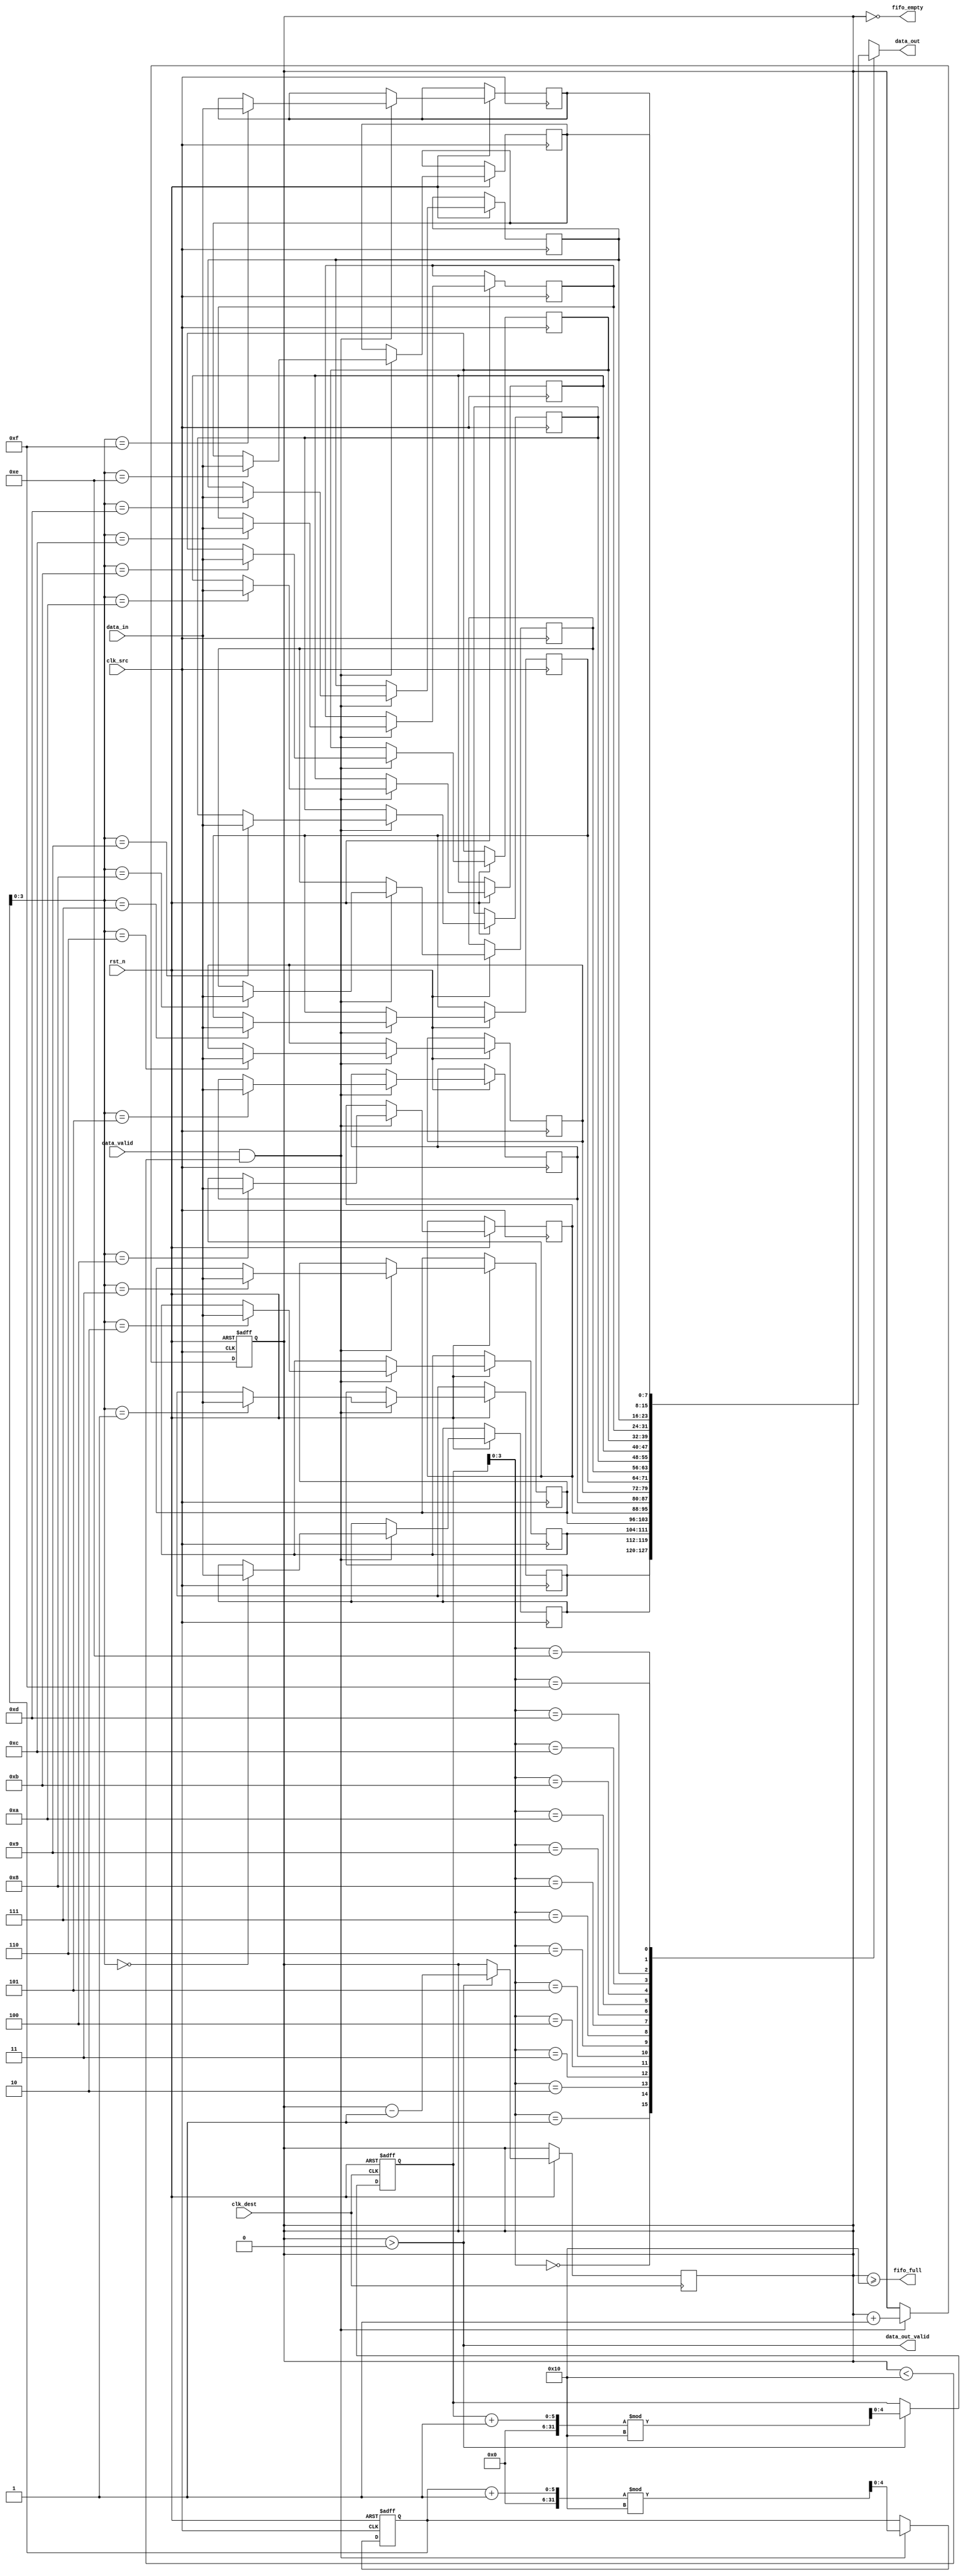
module BurstModeSynchronizer #(
    parameter DATA_WIDTH = 8,
    parameter FIFO_DEPTH = 16
)(
    input wire clk_src,                // Source clock (fast clock)
    input wire clk_dest,               // Destination clock (slow clock)
    input wire rst_n,                  // Active low reset
    input wire [DATA_WIDTH-1:0] data_in, // Data input from source clock domain
    input wire data_valid,             // Data valid signal from source domain
    output wire [DATA_WIDTH-1:0] data_out, // Data output to destination clock domain
    output wire data_out_valid,        // Data valid output to destination clock domain
    output wire fifo_full,             // FIFO full status
    output wire fifo_empty             // FIFO empty status
);

    // FIFO buffer
    reg [DATA_WIDTH-1:0] fifo_buffer [0:FIFO_DEPTH-1];
    reg [4:0] write_ptr;               // Write pointer
    reg [4:0] read_ptr;                // Read pointer
    reg [4:0] fifo_count;              // Number of elements in FIFO

    // Synchronization flip-flops for control signals
    reg data_valid_sync1, data_valid_sync2;

    // Write control logic
    always @(posedge clk_src or negedge rst_n) begin
        if (!rst_n) begin
            write_ptr <= 0;
            fifo_count <= 0;
        end else if (data_valid && (fifo_count < FIFO_DEPTH)) begin
            fifo_buffer[write_ptr] <= data_in; // Write data to FIFO
            write_ptr <= (write_ptr + 1) % FIFO_DEPTH; // Wrap around
            fifo_count <= fifo_count + 1; // Increment count
        end
    end

    // Read control logic
    always @(posedge clk_dest or negedge rst_n) begin
        if (!rst_n) begin
            read_ptr <= 0;
        end else if (data_out_valid && (fifo_count > 0)) begin
            read_ptr <= (read_ptr + 1) % FIFO_DEPTH; // Wrap around
            fifo_count <= fifo_count - 1; // Decrement count
        end
    end

    // Output data and data valid signal
    assign data_out = fifo_buffer[read_ptr]; // Read data from FIFO
    assign data_out_valid = (fifo_count > 0); // Data is valid if FIFO is not empty
    assign fifo_full = (fifo_count >= FIFO_DEPTH); // FIFO full status
    assign fifo_empty = (fifo_count == 0); // FIFO empty status

    // Synchronize data_valid signal from source clock domain to destination clock domain
    always @(posedge clk_dest or negedge rst_n) begin
        if (!rst_n) begin
            data_valid_sync1 <= 0;
            data_valid_sync2 <= 0;
        end else begin
            data_valid_sync1 <= data_valid;
            data_valid_sync2 <= data_valid_sync1;
        end
    end

endmodule